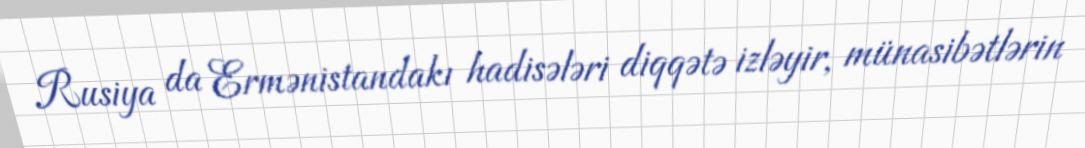
Rusiya da Ermənistandakı hadisələri diqqətə izləyir, münasibətlərin